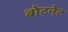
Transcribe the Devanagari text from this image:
बोटनेट